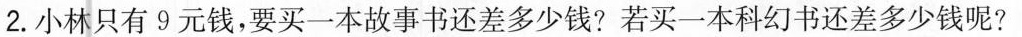
2.小林只有9元钱，要买一本故事书还差多少钱?若买一本科幻书还差多少钱呢?